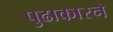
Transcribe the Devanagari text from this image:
पुढाकारने